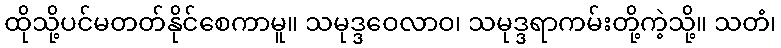
ထိုသို့ပင်မတတ်နိုင်စေကာမူ။ သမုဒ္ဒဝေလာဝ၊ သမုဒ္ဒရာကမ်းတို့ကဲ့သို့။ သတံ၊